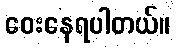
ဝေးနေရပါတယ်။